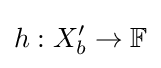
h:X_{b}^{\prime }\to {\mathbb {F} }